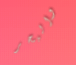
والبحر